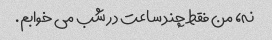
نه، من فقط چند ساعت در شب می خوابم.